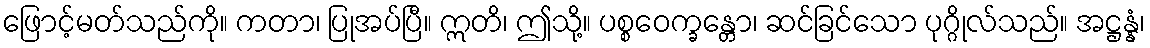
ဖြောင့်မတ်သည်ကို။ ကတာ၊ ပြုအပ်ပြီ။ ဣတိ၊ ဤသို့။ ပစ္စဝေက္ခန္တော၊ ဆင်ခြင်သော ပုဂ္ဂိုလ်သည်။ အဋ္ဌန္နံ၊